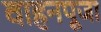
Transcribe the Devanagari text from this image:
वाहनपूजा